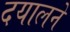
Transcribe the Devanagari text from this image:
दयालने